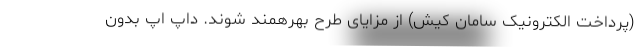
(پرداخت الکترونیک سامان کیش) از مزایای طرح بهرهمند شوند. داپ اَپ بدون